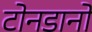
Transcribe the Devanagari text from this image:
टोनडानो